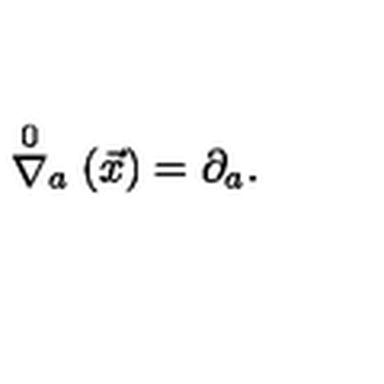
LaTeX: \stackrel { 0 } { \nabla } _ { a } ( \vec { x } ) = \partial _ { a } .